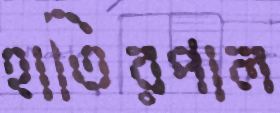
হাতিরপাল